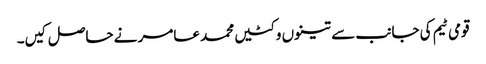
قومی ٹیم کی جانب سے تینوں وکٹیں محمد عامر نے حاصل کیں۔